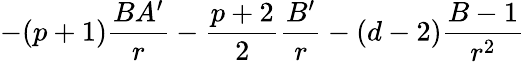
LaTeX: -(p+1)\frac{BA^{\prime}}{r}-\frac{p+2}{2}\frac{B^{\prime}}{r}-(d-2)\frac{B-1}{r^{2}}